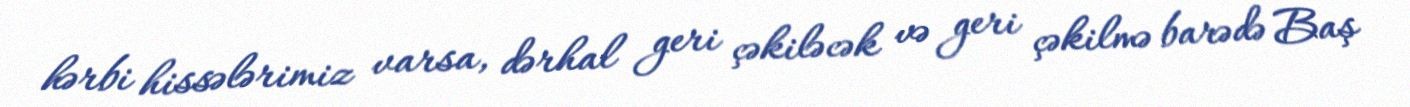
hərbi hissələrimiz varsa, dərhal geri çəkiləcək və geri çəkilmə barədə Baş